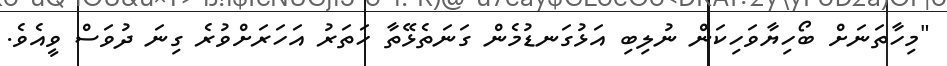
"މިހާތަނަށް ބޯހިޔާވަހިކަން ނުލިބި އަޅުގަނޑުމެން ގަނަތެޅޭތާ ހަތަރު އަހަރަށްވުރެ ގިނަ ދުވަސް ވީއެވެ.